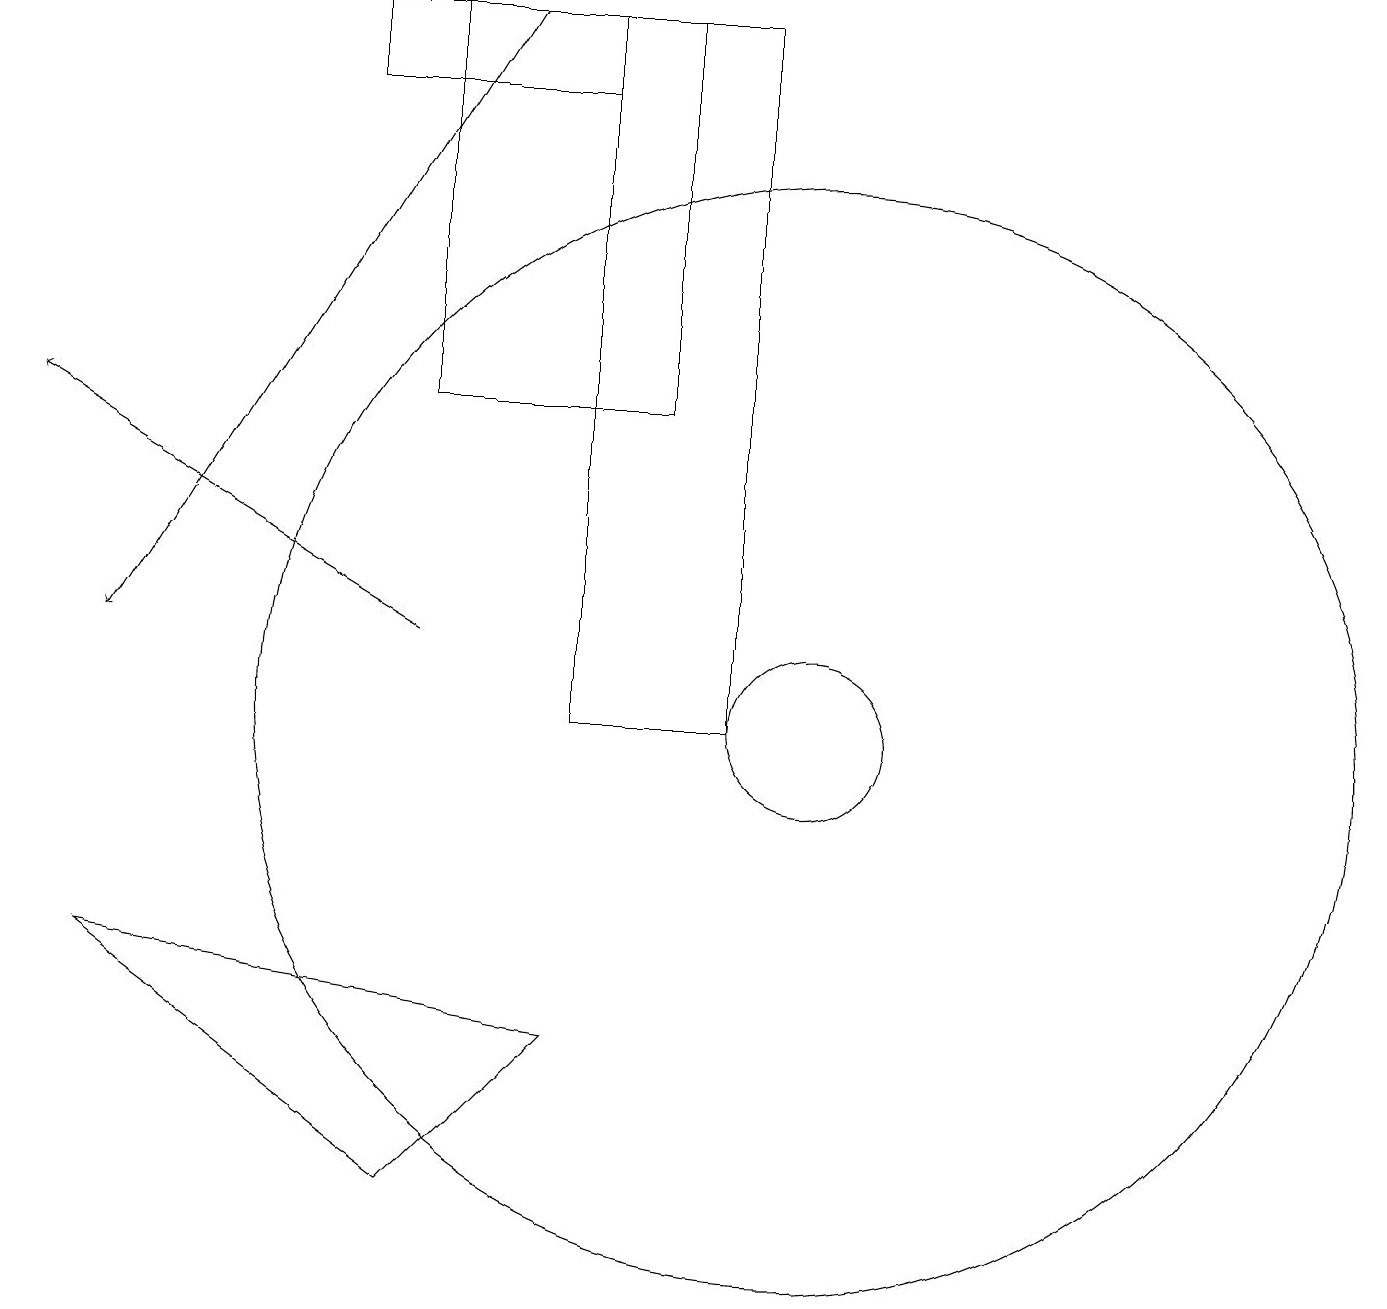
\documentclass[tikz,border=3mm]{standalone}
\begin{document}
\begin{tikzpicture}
\draw (7,18) rectangle (4,19);
\draw (1,7) -- (7,6) -- (5,4) -- cycle;
\draw (10,10) circle (1);
\draw[->] (5,11) -- (0,14);
\draw (10,10) circle (7);
\draw[->] (6,19) -- (1,11);
\draw (9,19) rectangle (7,10);
\draw (8,19) rectangle (5,14);
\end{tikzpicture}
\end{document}